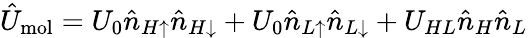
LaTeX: \hat{U}_{\mathrm{mol}}=U_{0}\hat{n}_{H\uparrow}\hat{n}_{H\downarrow}+U_{0}\hat{n}_{L\uparrow}\hat{n}_{L\downarrow}+U_{HL}\hat{n}_{H}\hat{n}_{L}